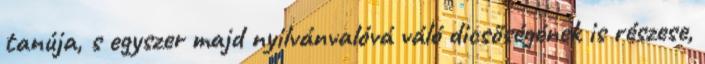
tanúja, s egyszer majd nyilvánvalóvá váló dicsőségének is részese,